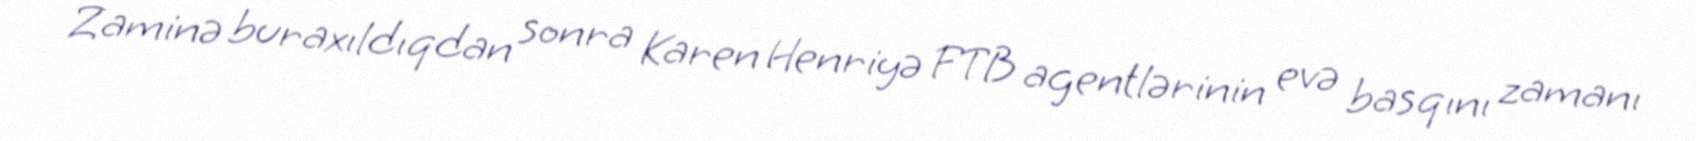
Zaminə buraxıldıqdan sonra Karen Henriyə FTB agentlərinin evə basqını zamanı